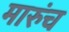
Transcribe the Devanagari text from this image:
मारुंच